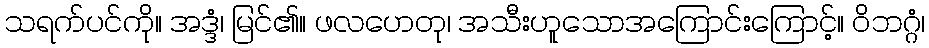
သရက်ပင်ကို။ အဒ္ဒံ၊ မြင်၏။ ဖလဟေတု၊ အသီးဟူသောအကြောင်းကြောင့်။ ဝိဘဂ္ဂံ၊